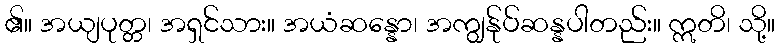
၏။ အယျပုတ္တ၊ အရှင်သား။ အယံဆန္နော၊ အကျွန်ုပ်ဆန္နပါတည်း။ ဣတိ၊ သို့။